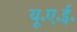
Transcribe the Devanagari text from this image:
यू॰ए॰ई॰